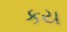
કય